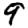
Digit: 9